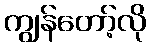
ကျွန်တော့်လို